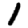
Digit: 1